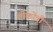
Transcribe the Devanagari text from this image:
चीकोत्री